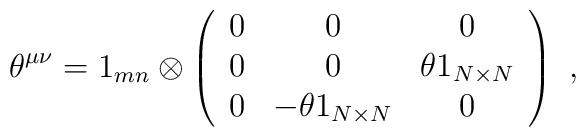
\theta^{\mu\nu}=1_{mn}\otimes\left(\begin{array}{ccc}0 & 0 & 0 \\0 & 0 & \theta 1_{N\times N}\\0 & -\theta 1_{N\times N} & 0 \\ \end{array}\right) \ ,